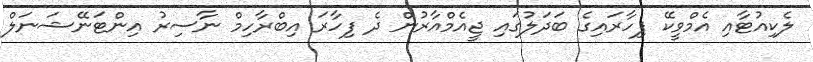
ލެކިއުޓާއި އެމްވީކޭ ފިހާރައިގެ ބަދަލުގައި ޖީއެމްއާރުން ދެ ފިހާރަ އިބްރާހިމް ނާސިރު އިންޓަނޭޝަނަލް